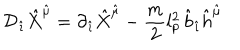
LaTeX: { \cal D } _ { \hat { \imath } } { \hat { X } } ^ { \hat { \mu } } = \partial _ { \hat { \imath } } { \hat { X } } ^ { \hat { \mu } } - \frac { m } { 2 } l _ { p } ^ { 2 } \, { \hat { b } } _ { \hat { \imath } } { \hat { h } } ^ { \hat { \mu } }